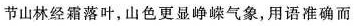
节山林经霜落叶，山色更显峥嵘气象，用语准确而